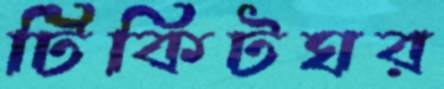
টিকিটঘর